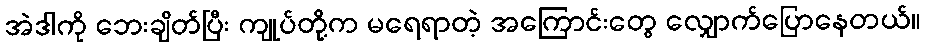
အဲဒါကို ဘေးချိတ်ပြီး ကျုပ်တို့က မရေရာတဲ့ အကြောင်းတွေ လျှောက်ပြောနေတယ်။